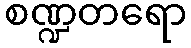
စဏ္ဍတရော